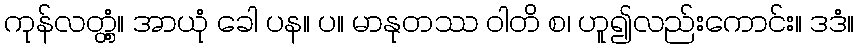
ကုန်လတ္တံ့။ အာယုံ ခေါ ပန။ ပ။ မာနုတဿ ဝါတိ စ၊ ဟူ၍လည်းကောင်း။ ဒဒံ။